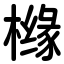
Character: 橼